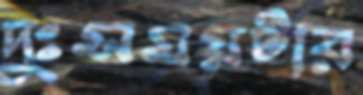
দুঃসময়টার